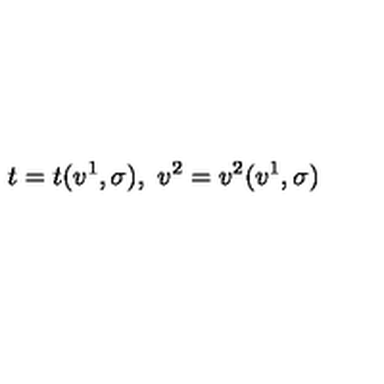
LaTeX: t = t ( v ^ { 1 } , \sigma ) , \ v ^ { 2 } = v ^ { 2 } ( v ^ { 1 } , \sigma )